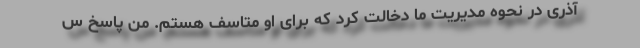
آذری در نحوه مدیریت ما دخالت کرد که برای او متاسف هستم. من پاسخ س